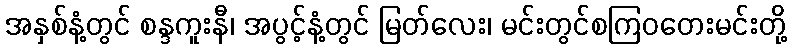
အနှစ်နံ့တွင် စန္ဒကူးနီ၊ အပွင့်နံ့တွင် မြတ်လေး၊ မင်းတွင်စကြဝတေးမင်းတို့